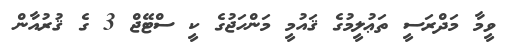
ވީމާ މަދްރަސީ ތަޢުލީމުގެ ޤައުމީ މަންހަޖުގެ ކީ ސްޓޭޖް 3 ގެ ޤުރުއާން